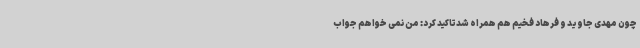
چون مهدی جاوید و فرهاد فخیم هم همراه شدتاکید کرد: من نمی خواهم جواب